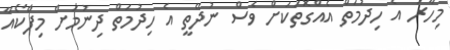
މިހާރު އެ ހިދުމަތް އެއްގޮތަކަށް ވެސް ނުދޭތީ އެ ހިދުމަތް ދިނުމަށް މިފްކޯއާ